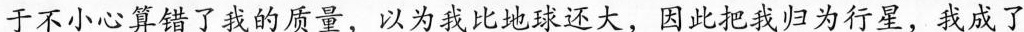
于不小心算错了我的质量，以为我比还大，因此把我归为行星，我成了